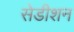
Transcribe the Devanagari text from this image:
सेडीशन